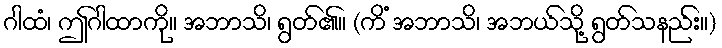
ဂါထံ၊ ဤဂါထာကို။ အဘာသိ၊ ရွတ်၏။ (ကိံ အဘာသိ၊ အဘယ်သို့ ရွတ်သနည်း။)